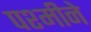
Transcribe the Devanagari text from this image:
पश्मीने